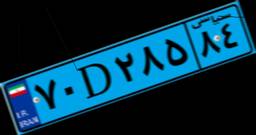
۷۰D۲۸۵۸۴